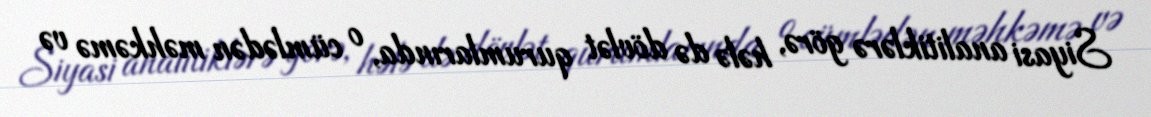
Siyasi analitiklərə görə, hələ də dövlət qurumlarında, o cümlədən məhkəmə və